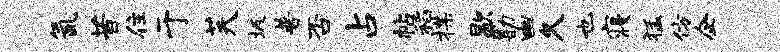
氤昔住于芙圾普否占帖稻揲歇勘幽久也寝猛仿企